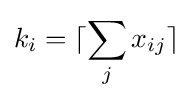
k_{i}=\lceil \sum _{j}x_{ij}\rceil